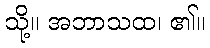
သို့။ အဘာသထ၊ ၏။